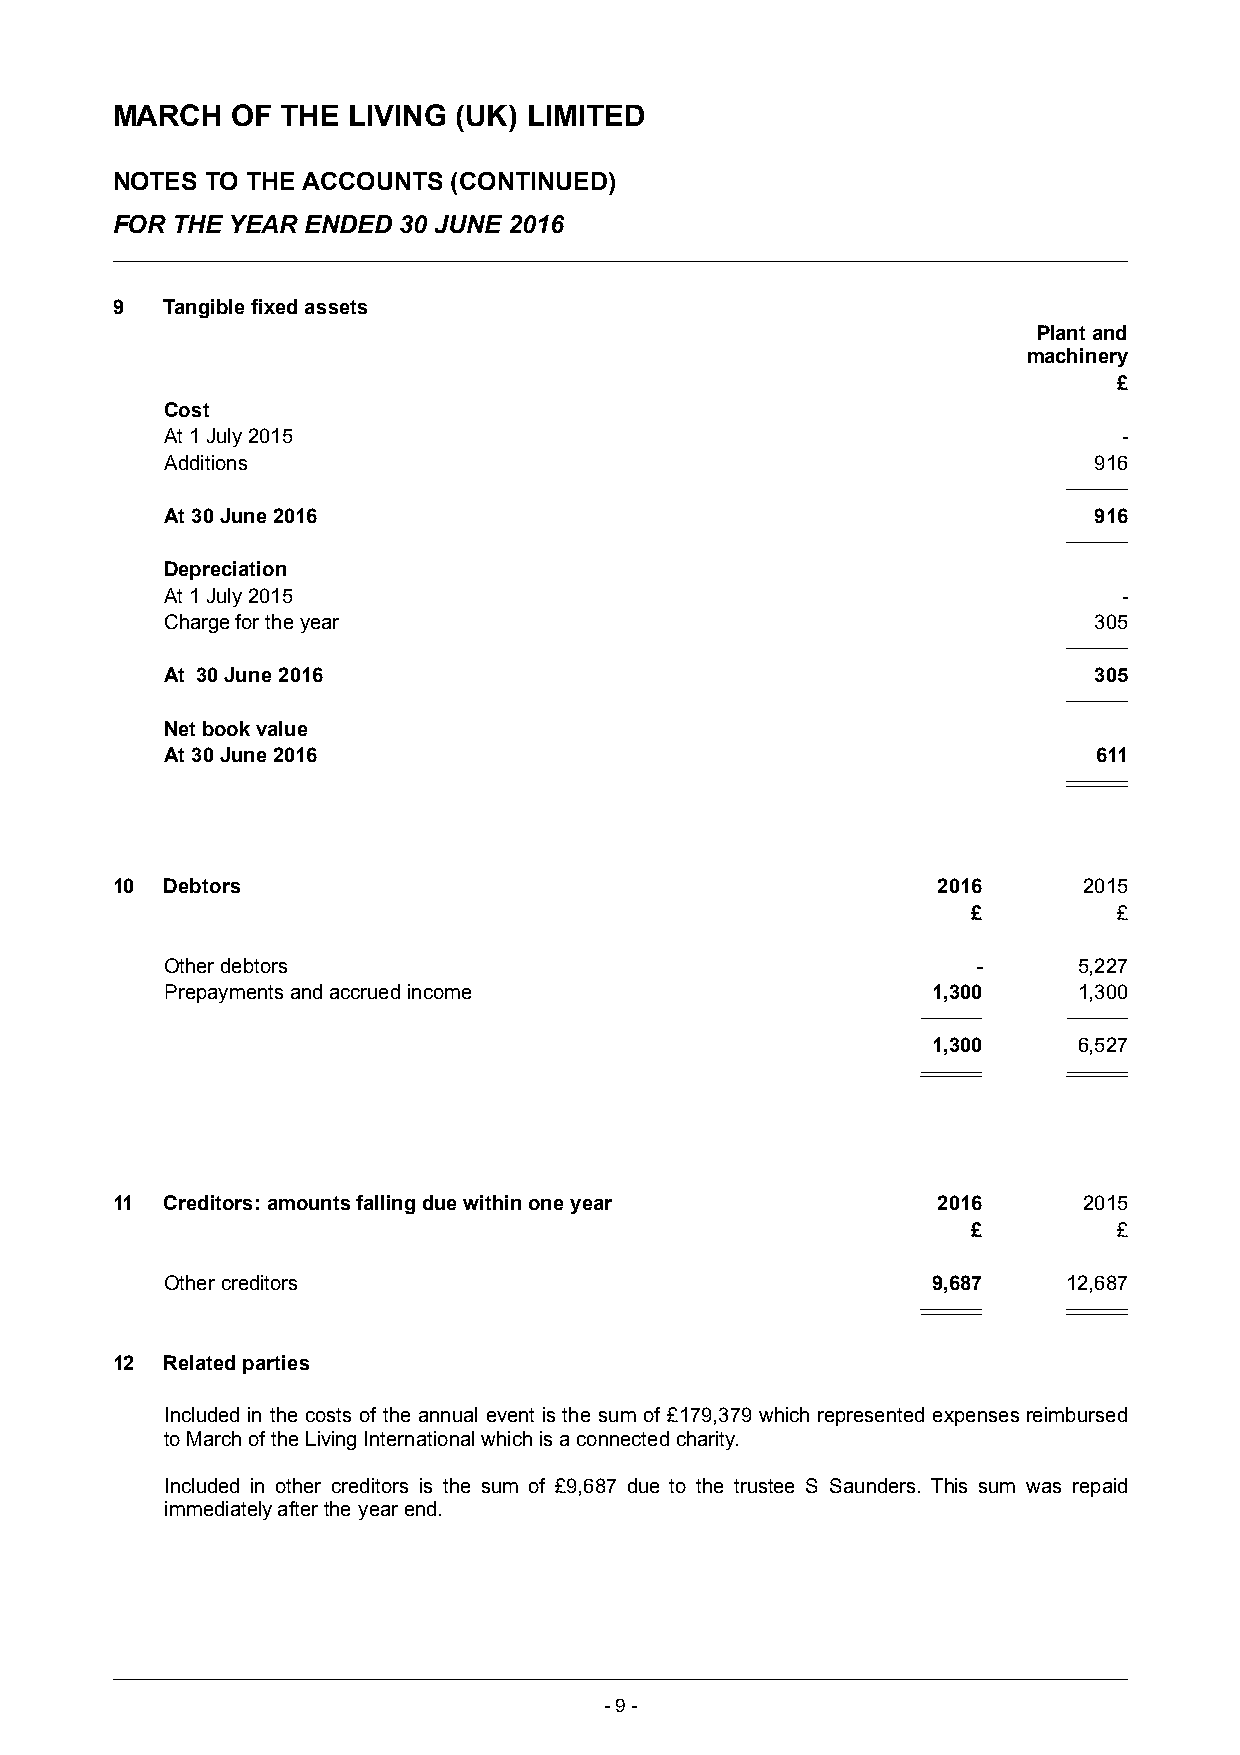
MARCH   OF  THE LIVING (UK) LIMITED
 NOTES  TO THE ACCOUNTS (CONTINUED)
 FOR THE YEAR ENDED 30 JUNE 2016
 9   Tangible fixed assets
 Plant and
 machinery
 £
 Cost
 At 1 July 2015                                                 -
 Additions                                                    916
 At 30 June 2016                                              916
 Depreciation
 At 1 July 2015                                                 -
 Charge for the year                                          305
 At 30 June 2016                                              305
 Net book value
 At 30 June 2016                                               611
 10  Debtors                                            2016      2015
 £         £
 Other debtors                                         -     5,227
 Prepayments and accrued income                     1,300    1,300
 1,300    6,527
 11  Creditors: amounts falling due within one year     2016      2015
 £         £
 Other creditors                                    9,687    12,687
 12  Related parties
 Included in the costs of the annual event is the sum of £179,379 which represented expenses reimbursed
 to March of the Living International which is a connected charity.
 Included in other creditors is the sum of £9,687 due to the trustee S Saunders. This sum was repaid
 immediately after the year end.
 -9 -